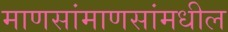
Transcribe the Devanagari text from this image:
माणसांमाणसांमधील